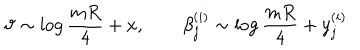
\vartheta \sim \log { \frac { m R } { 4 } } + x , \qquad \beta _ { j } ^ { ( i ) } \sim \log { \frac { m R } { 4 } } + y _ { j } ^ { ( i ) }